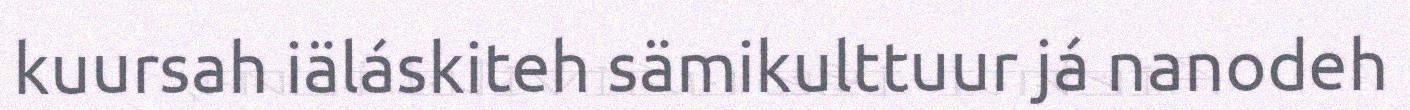
kuursah iäláskiteh sämikulttuur já nanodeh